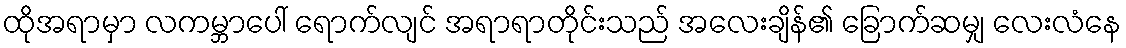
ထိုအရာမှာ လကမ္ဘာပေါ် ရောက်လျင် အရာရာတိုင်းသည် အလေးချိန်၏ ခြောက်ဆမျှ လေးလံနေ